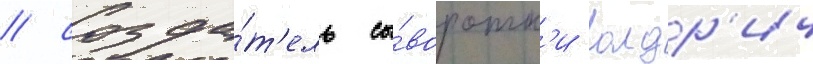
/ созда́т'ель сы́воротк'и олдр'ич